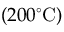
( 2 0 0 ^ { \circ } \mathrm { C } )